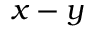
x - y